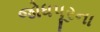
જોધપૂરના